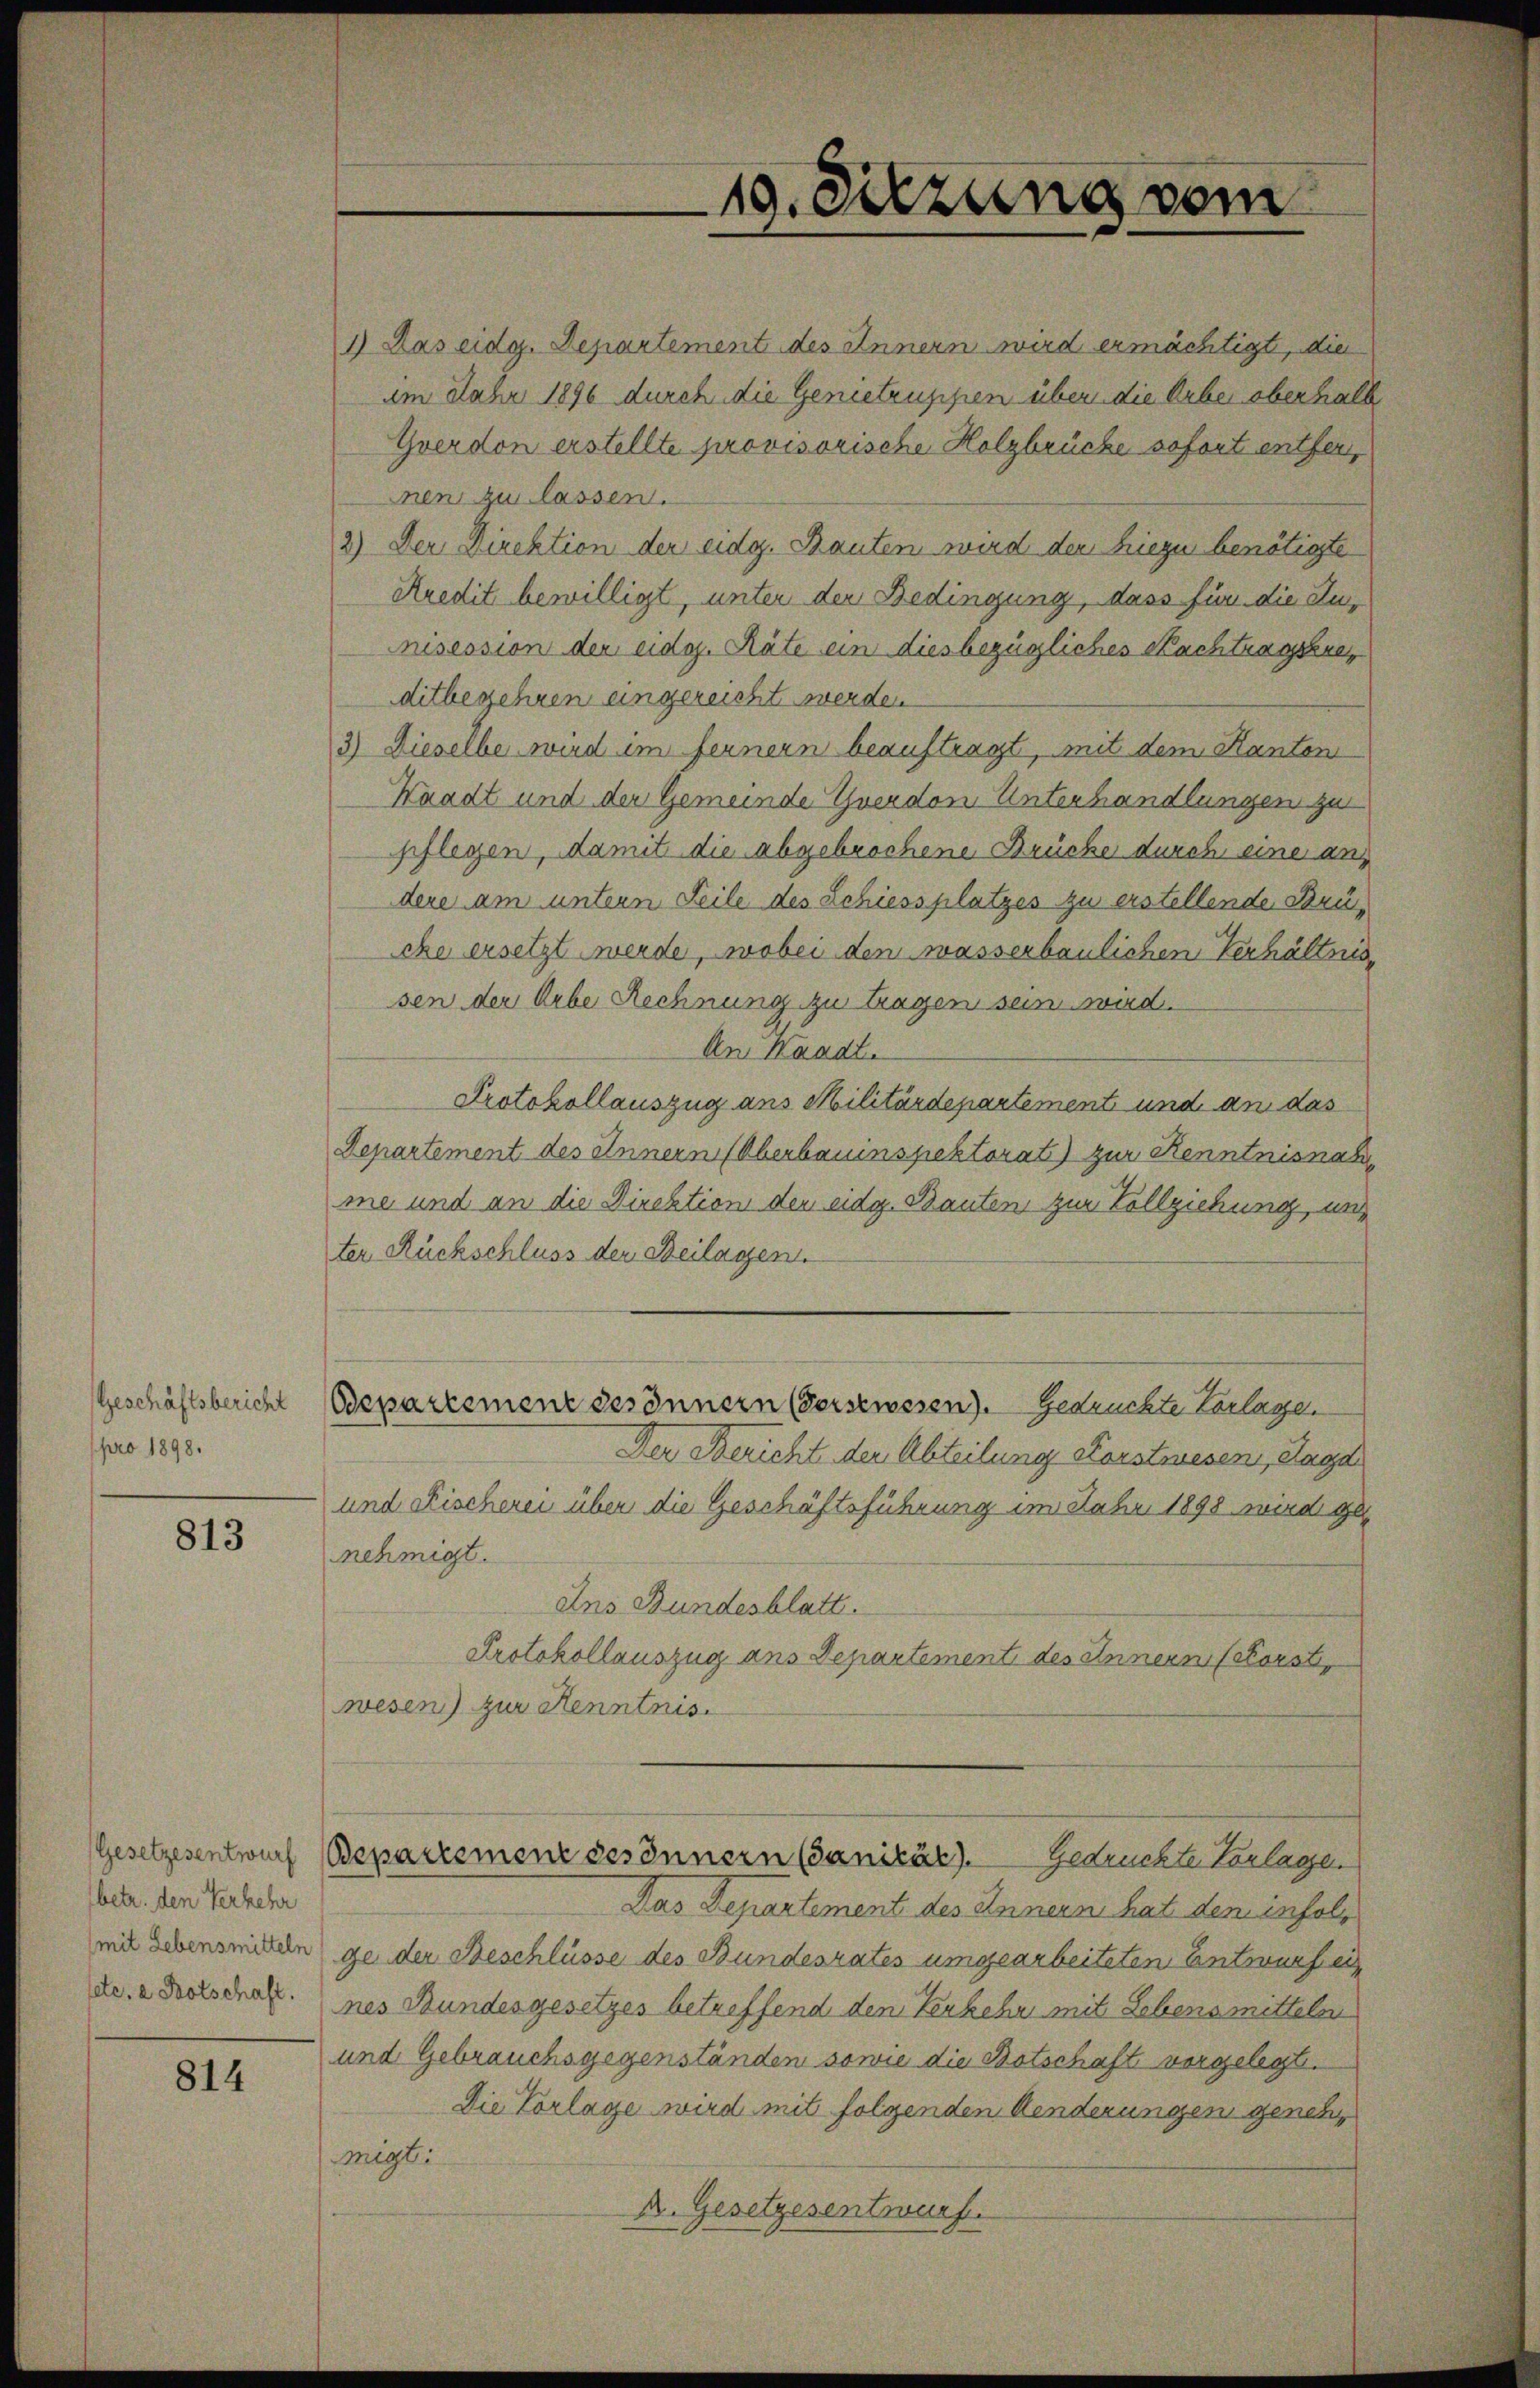
Geschäftsbericht
pro 1898.

813

(Gesetzesentwurf
(betr. den Verkehr
(mit Lebensmitteln
sete a Potschaft.

814

1) Das eidg. Departement des Innern wird ermächtigt, die
im Jahr 1896 durch die Genietrusipien über die Erbe oberhalb
Yverdon erstellte provisorische Holzbrücke sofort entfer,
nen zu lassen.
2) Der Direktion der eidg. Bauten wird der hiezu benötigte
Kredit bewilligt, unter der Bedingung, dass für die Aunisession der eidg. Räte ein diesbezügliches Nachtragskre
ditbegehren eingereicht werden.
3) Dieselbe wurd im fernern beauftragt, mit dem Kanton
Waadt und der Gemeinde Euerdon Unterhandlungen zu
pflegen, damit die abgebrochene Brücke durch eine anz
dere am untern Seile des Schiessplatzes zu erstellende Brüche ersetzt werde, wobei den wasserbaulichen Verhältnis
sen der Arbe Rechnung zu tragen sei wird.
An Waadt.
Protokollauszug aus Militärdepartement und an das
Departement des Innern (Oberbauinspektorat) zur Kenntnisnahme und an die Direktion der eidg. Bauten zur Vollziehung, un
ter Rückschluss der Beilagen.
Osepartement besonnern (Gerstwesen). Gedrückte Vorlage.
Der Bericht der Abteilung Forstwesen, Saga
und Fischerei über die Geschäftsführung im Jahr 1898 wird genehmigt.
Ans Bundesblatt.
Protokollauszug aus Departement des Innern Catorst
wesen) zur Kenntnis.
Bepartement gesonnern (Ganikär). Gedrückte Vorlage.
Das Departement des Innern hat dem infolge der Beschlüsse des Bundesrates umgearbeiteten Entwurf ei
nes Bundesgesetzes betreffend den Kerkehr mit Lebensmitteln
und Gebrauchsgegenständen sowie die Botschaft vorgelegt.
Die Vorlage wird mit folgenden Aenderungen genehmigt.
A. Gesetzesentwurf.

19. Sitzung vom